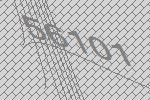
56101